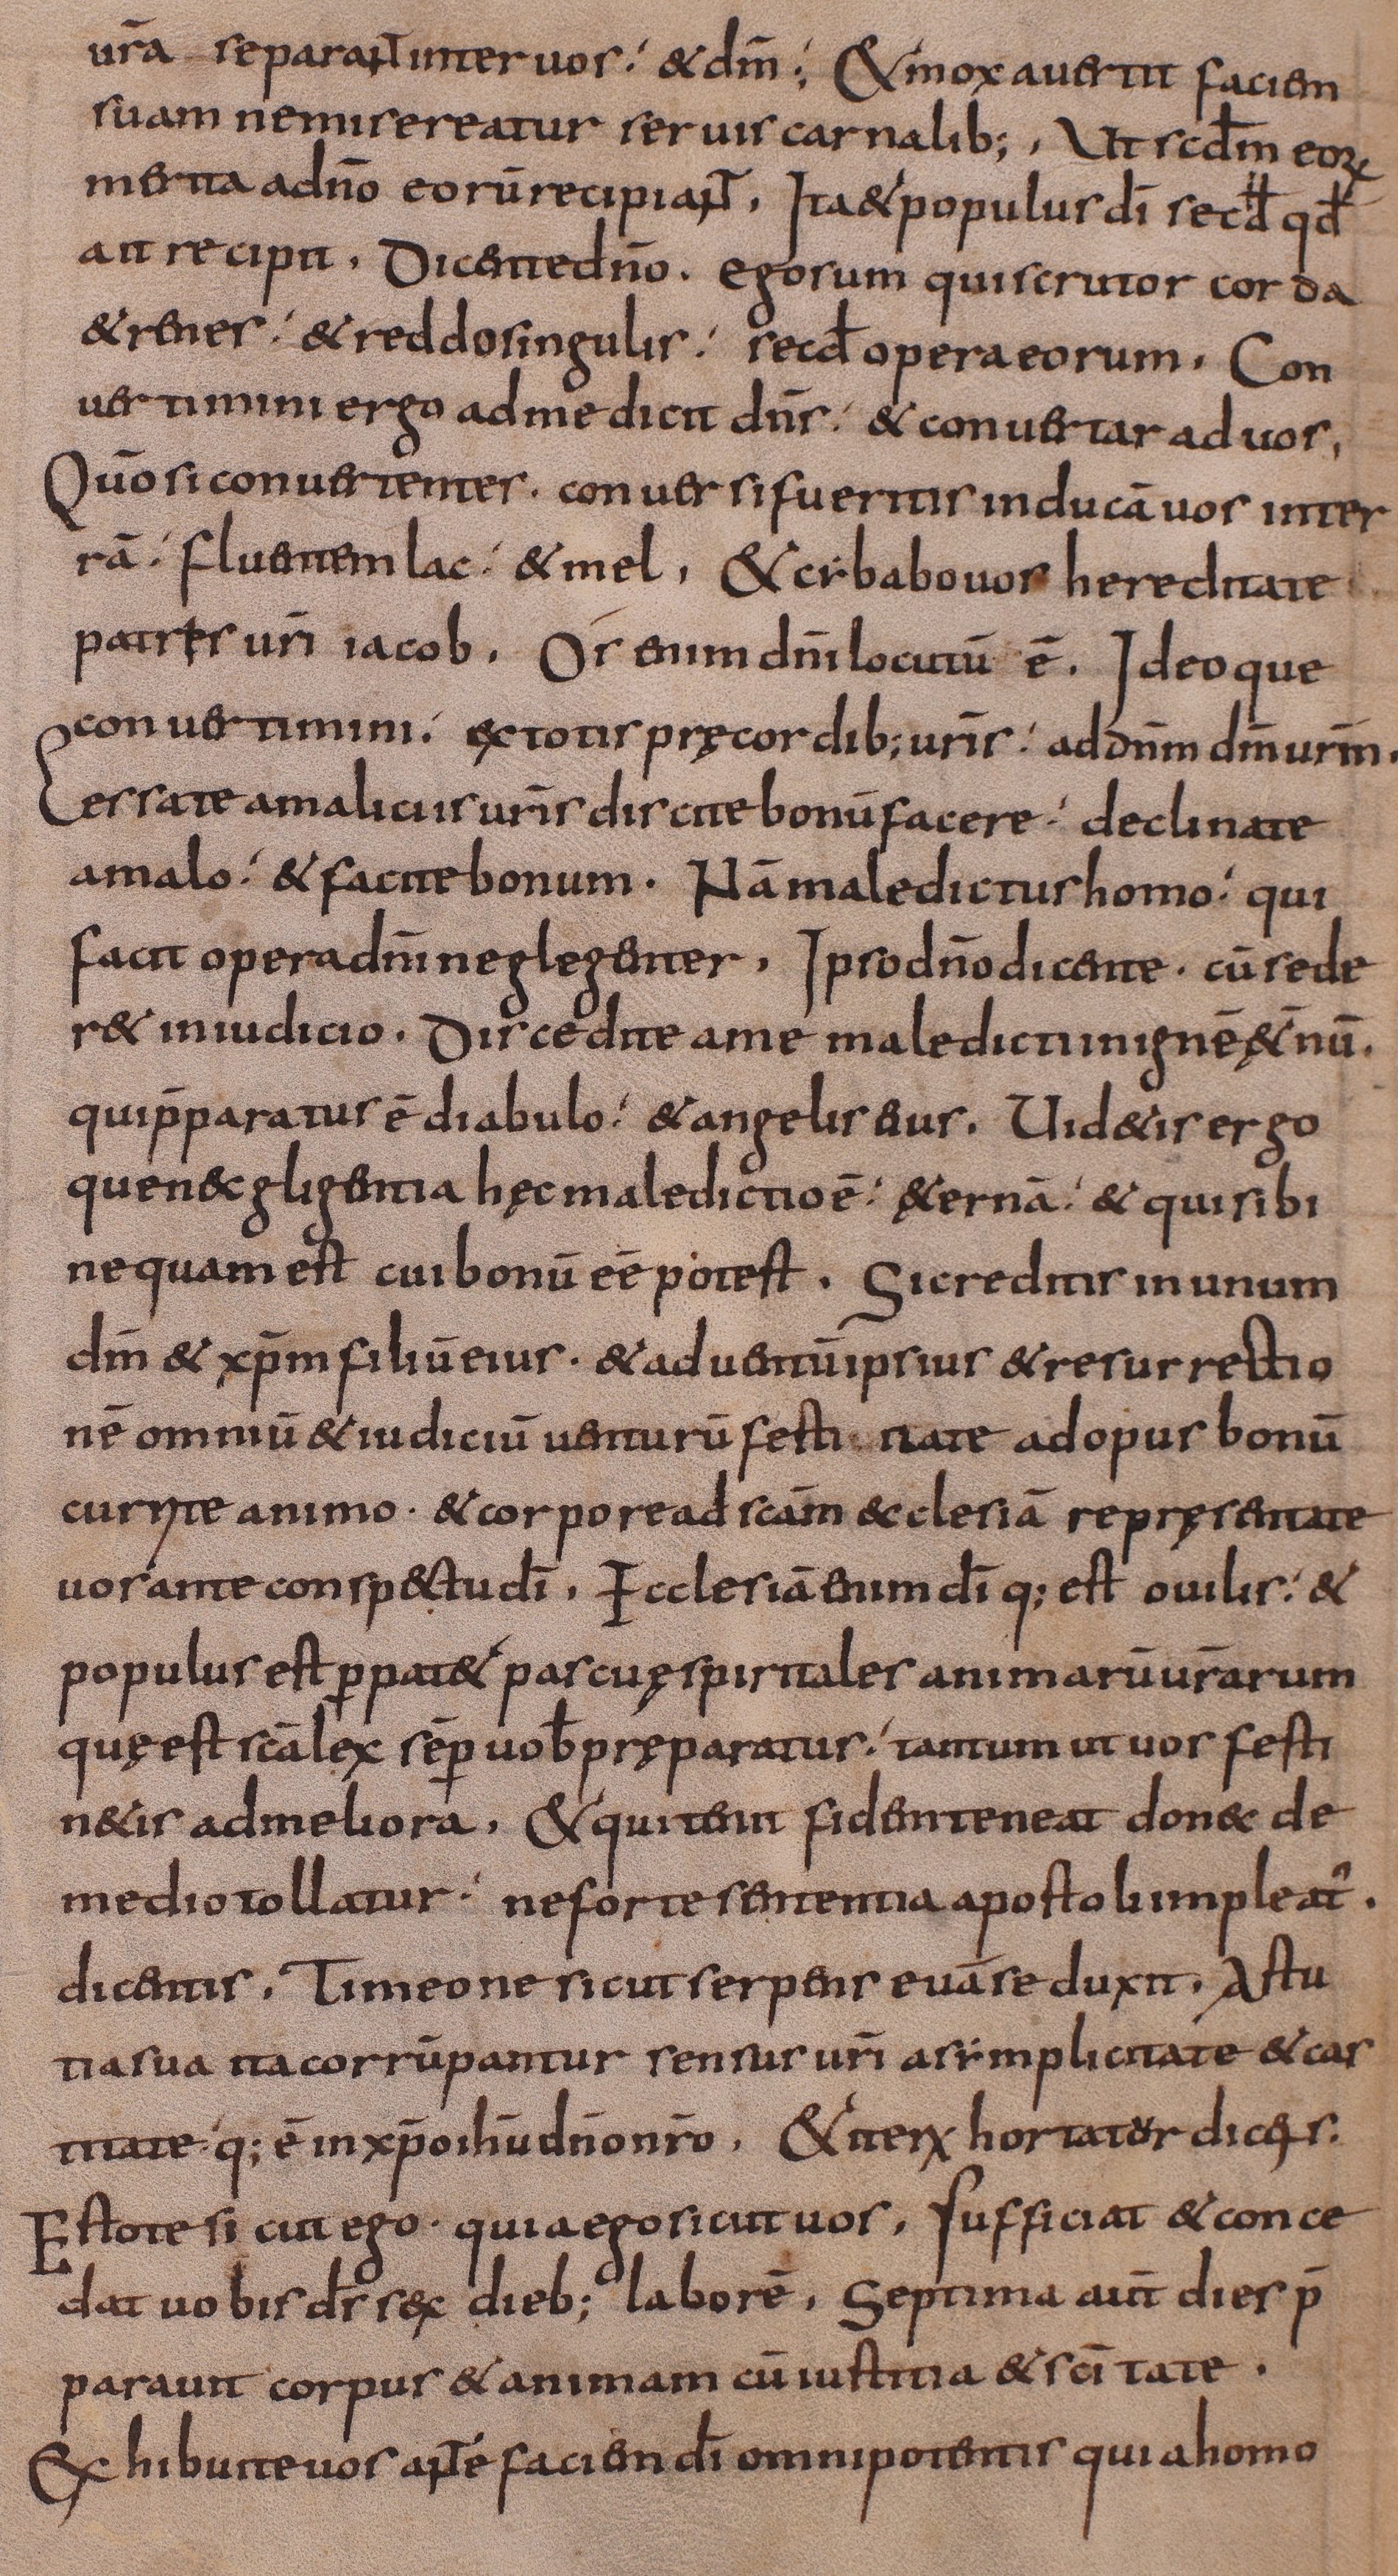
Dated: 800–849